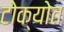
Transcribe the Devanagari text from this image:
टोक्योत